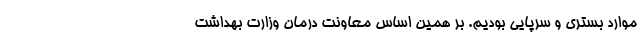
موارد بستری و سرپایی بودیم. بر همین اساس معاونت درمان وزارت بهداشت